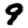
Digit: 9